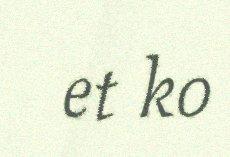
et ko